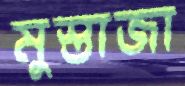
মুস্তাজা